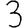
Digit: 3